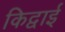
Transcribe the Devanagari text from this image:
किद्वाई